NAE_ERA_R-1992_EV_Ehitusministeerium, lk 15
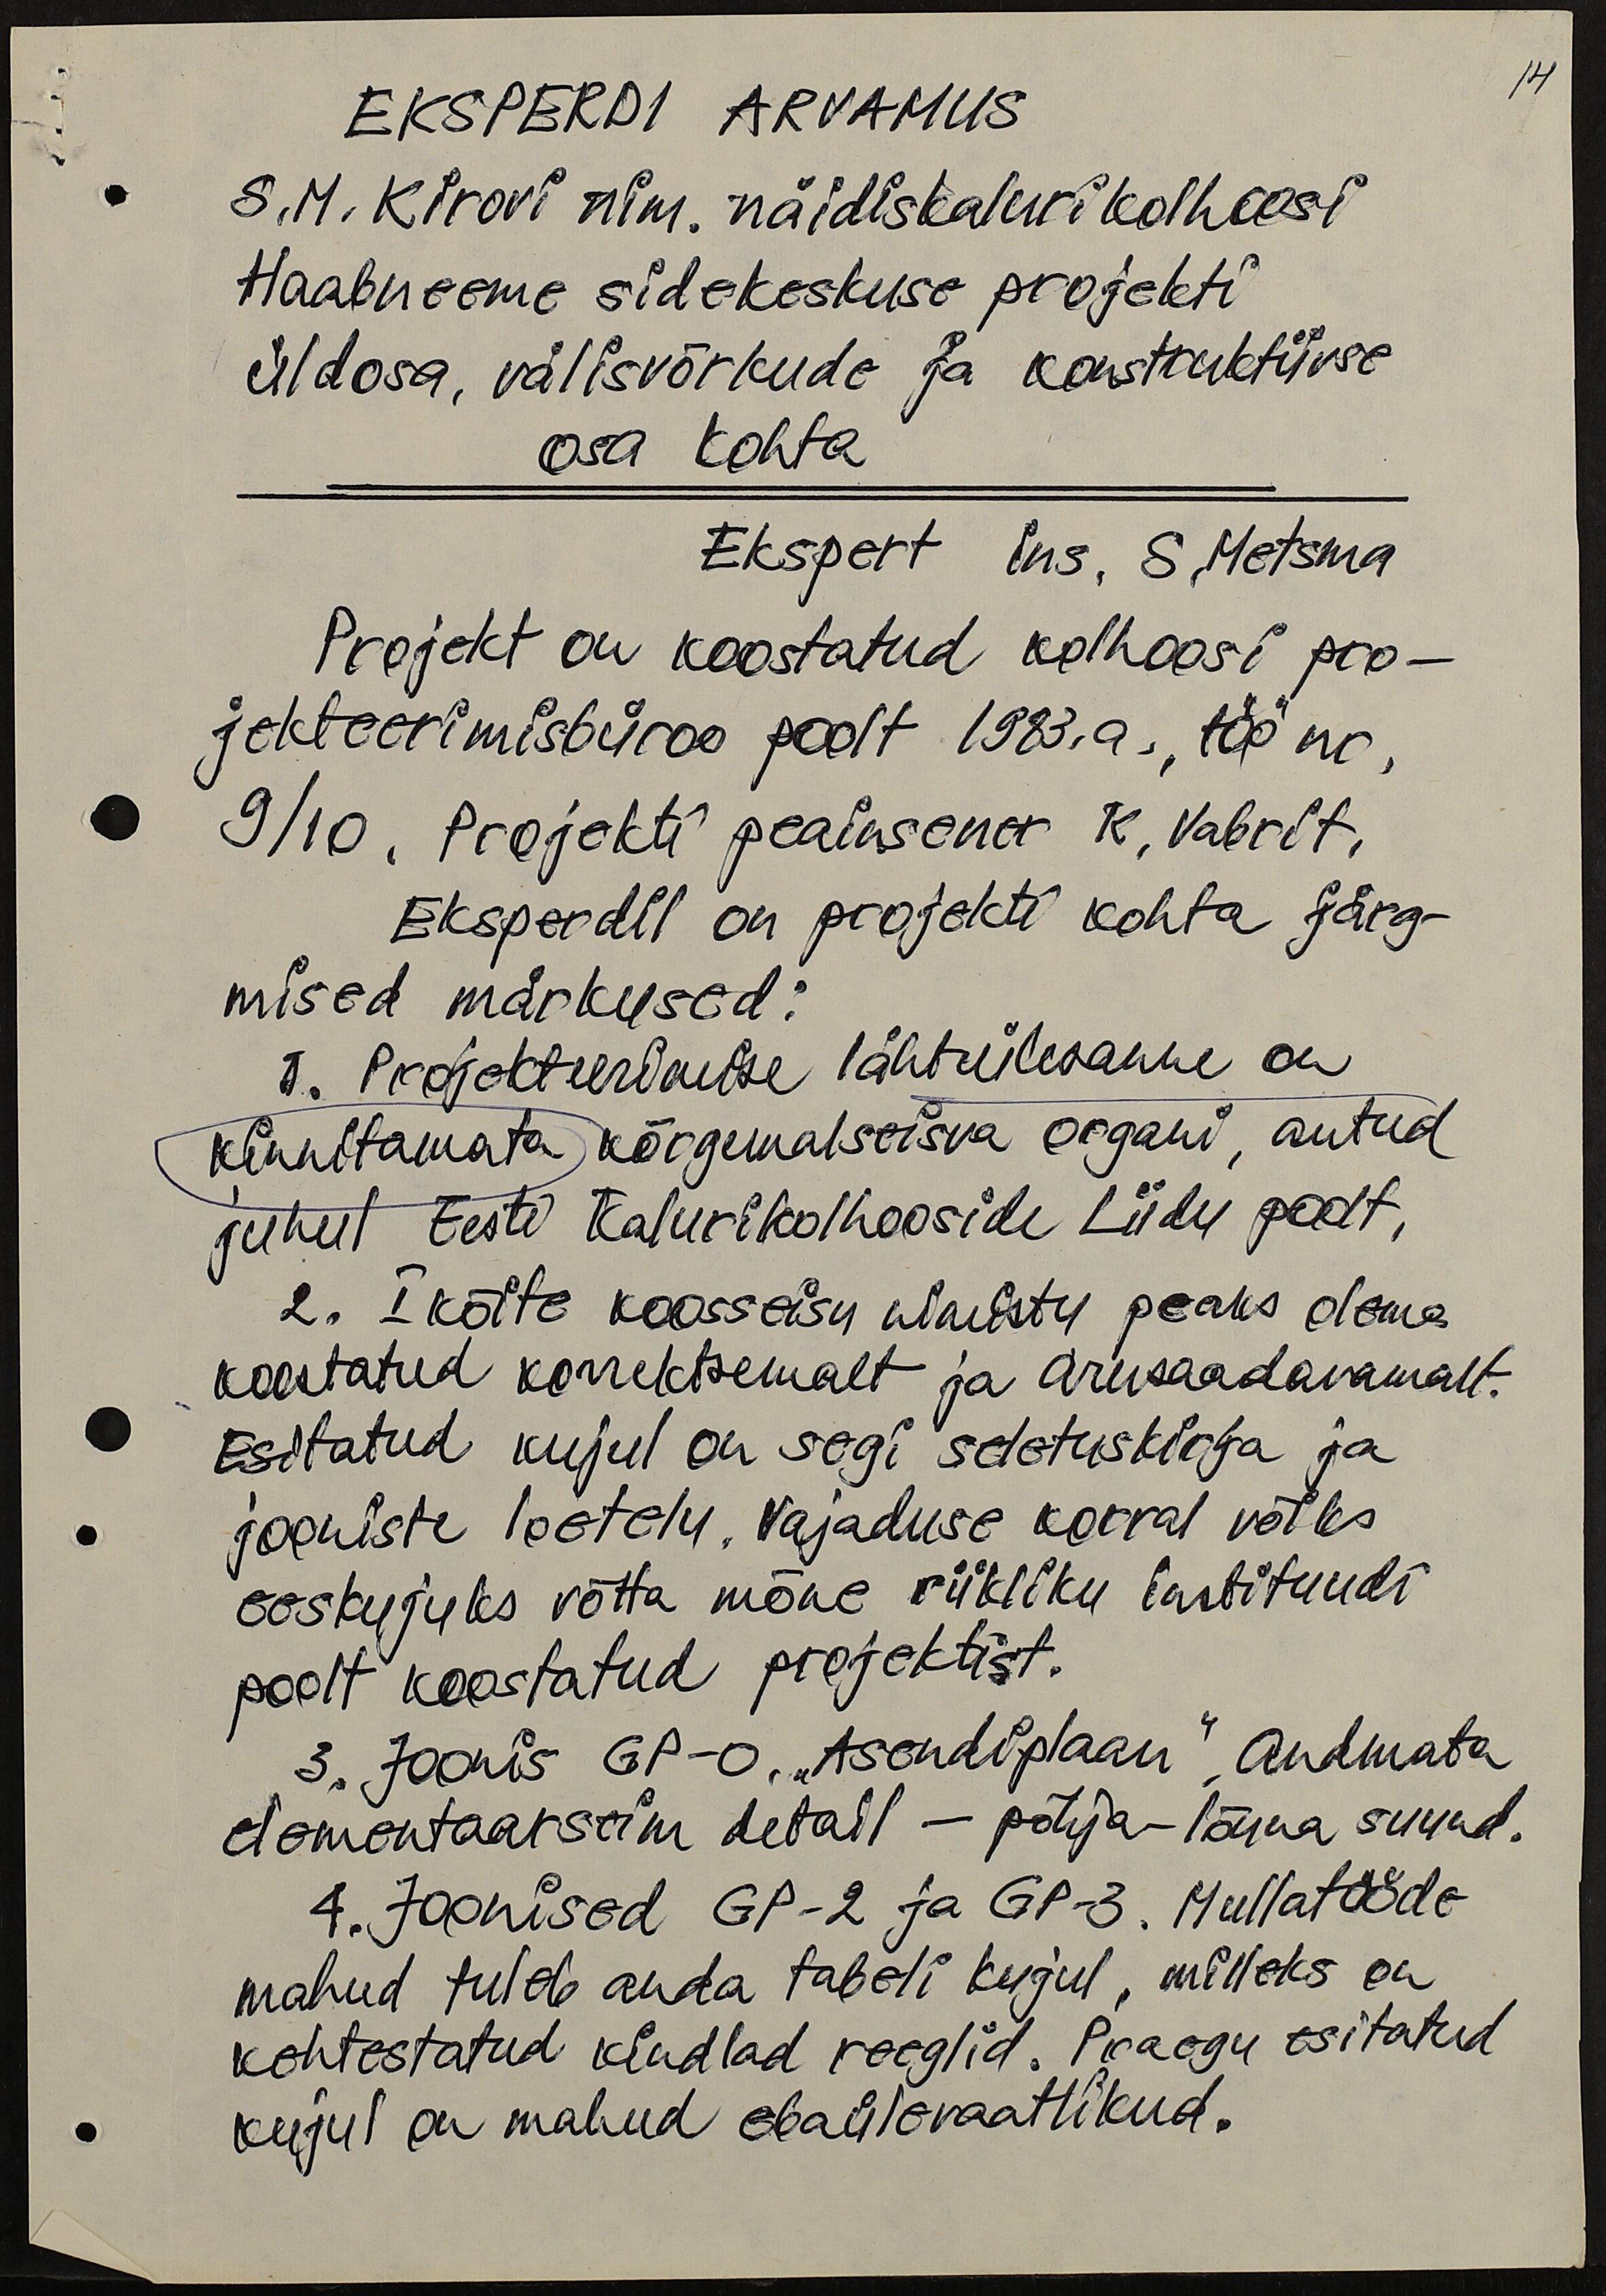
14

EKSPERI ARVAMUS
S.M. Kirovi nim. näidiskalurikolhoosi
Haabneeme sidekeskuse projekti
üldosa, välisvõrkude ja konstruktiivse
osa kohta
Ekspert ins. S. Metsma
Projekt on koostatud kolhoosi pro-
jekteerimisbüroo poolt 1983. a., töö nr.
9/10. Projekti peainsener K. Vabrit.
Eksperdil on projekti kohta järg-
mised märkused:
1. Projekteerimise lähteülesanne on
kinnitamata kõrgemal seisva organi, antud
juhul Eesti Kalurikolhooside Liidu poolt.
2. I köite koosseisu nimistu peaks olema
koostatud korrektsemalt ja arusaadavamalt.
Esitatud kujul on segi seletuskirja ja
jooniste loetelu, vajaduse korral võiks
eeskujuks võtta mõne riikliku instituudi
poolt koostatud projektist.
3. Joonis GP -0, "Asendiplaan". Andmata
elementaarseim detail - põhja-lõuna suund.
4. Joonised GP-2 ja GP-3. Mullatööde
mahud tuleb anda tabeli kujul, milleks on
kehtestatud kindlad reeglid. Praegu esitatud
kujul on mahud ebaülevaatlikud.